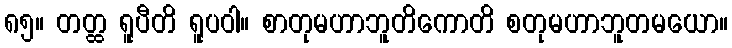
၈၅။ တတ္ထ ရူပီတိ ရူပဝါ။ စာတုမဟာဘူတိကောတိ စတုမဟာဘူတမယော။